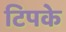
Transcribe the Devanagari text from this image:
टिपके